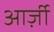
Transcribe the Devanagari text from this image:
आर्ज़ी